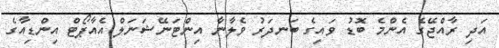
އަދި ރާއްޖޭގެ އެންމެ ބޮޑު ވައިގެ ބަނދަރު ވެލާނާ އިންޓަނޭޝަނަލް އެއާޕޯޓް އިންޑިއާގެ